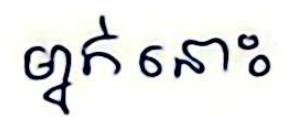
ម្នាក់នោះ